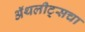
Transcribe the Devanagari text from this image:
ॲथलीट्सचा